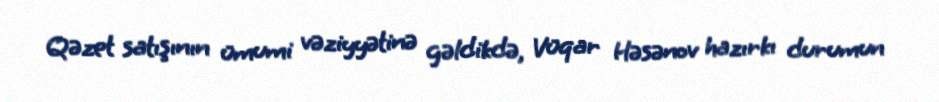
Qəzet satışının ümumi vəziyyətinə gəldikdə, Vüqar Həsənov hazırkı durumun